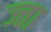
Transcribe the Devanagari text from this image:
ज्ता